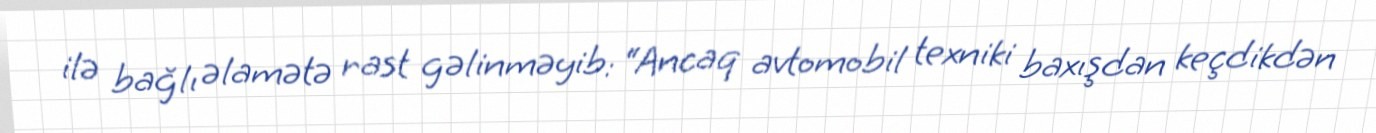
ilə bağlı əlamətə rast gəlinməyib: “Ancaq avtomobil texniki baxışdan keçdikdən